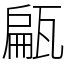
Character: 甂